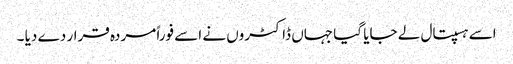
اسے ہسپتال لے جایا گیا جہاں ڈاکٹروں نے اسے فوراً مردہ قرار دے دیا ۔